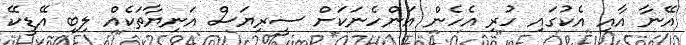
އޭނާ އާއި އެކުގައި ހުރި އެހެން އަންހެނަކަށް ސީރިޔަސް އަނިޔާތަކެއް ލިބި އޭޑީކޭ